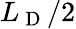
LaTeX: L_{\mathrm{~D~}}/2